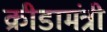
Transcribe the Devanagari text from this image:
क्रीडामंत्री